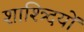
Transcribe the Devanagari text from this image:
शाश्त्र्दियों